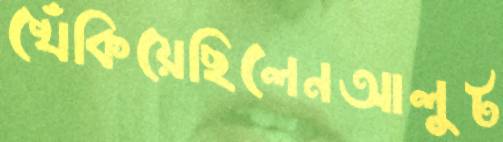
খেঁকিয়েছিলেনআলুট